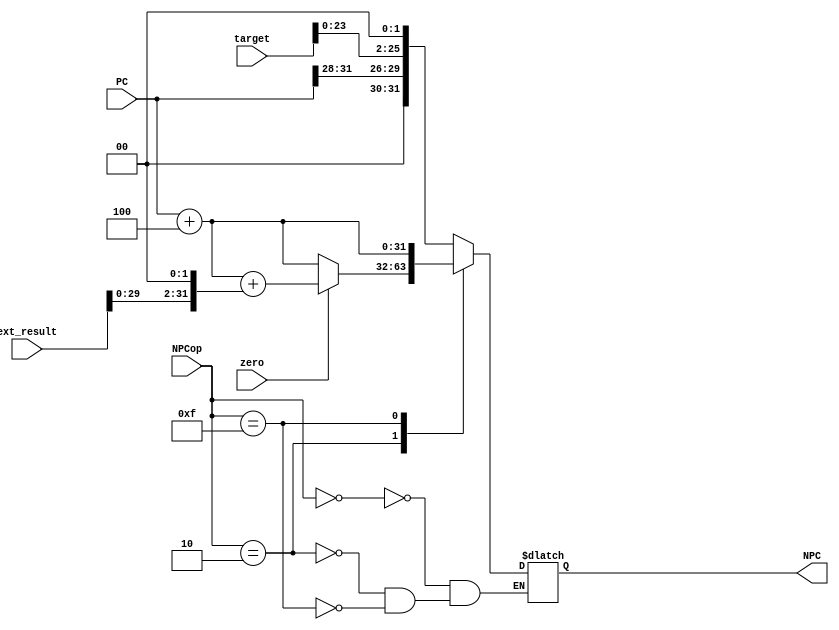
module npc(PC, NPC, NPCop, target, ext_result, zero);
    input [31:0] PC;
    input [25: 0] target;
    input [31 :0] ext_result;
    input [3: 0] NPCop;
    input zero;

    output reg[31: 0] NPC;


    // JumpBranch
    parameter JUMP = 4'b0000;
    parameter JAL  = 4'b0001;
    parameter BEQ  = 4'b0010;
    parameter BNE  = 4'b0011;
    parameter BGEZ = 4'b0100;
    parameter BGTZ = 4'b0101;
    parameter BLEZ = 4'b0110;
    parameter BLTZ = 4'b0111;
    parameter JR   = 4'b1000;
    parameter JALR = 4'b1000;
    parameter ADD4 = 4'b1111;  //  pc + 4 

  always @(*) begin
    case(NPCop)
        JUMP : NPC = {PC[31: 28], target << 2};
        BEQ : NPC = (zero == 1) ? (PC + 4 + (ext_result << 2)): (PC + 4);
        ADD4: NPC = PC + 4;
    endcase
    // $display("(NPC.v) zero = %h npc = %h", zero, NPC);
  end

endmodule